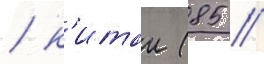
/ к'итаи (85 /